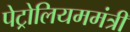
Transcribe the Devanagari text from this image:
पेट्रोलियममंत्री